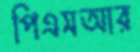
পিএসআর